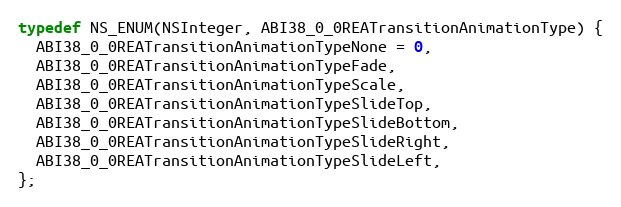
Language: C
typedef NS_ENUM(NSInteger, ABI38_0_0REATransitionAnimationType) {
  ABI38_0_0REATransitionAnimationTypeNone = 0,
  ABI38_0_0REATransitionAnimationTypeFade,
  ABI38_0_0REATransitionAnimationTypeScale,
  ABI38_0_0REATransitionAnimationTypeSlideTop,
  ABI38_0_0REATransitionAnimationTypeSlideBottom,
  ABI38_0_0REATransitionAnimationTypeSlideRight,
  ABI38_0_0REATransitionAnimationTypeSlideLeft,
};